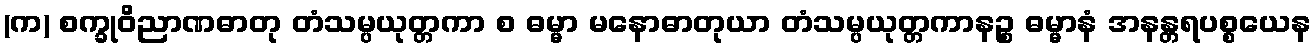
(က) စက္ခုဝိညာဏဓာတု တံသမ္ပယုတ္တကာ စ ဓမ္မာ မနောဓာတုယာ တံသမ္ပယုတ္တကာနဉ္စ ဓမ္မာနံ အနန္တရပစ္စယေန